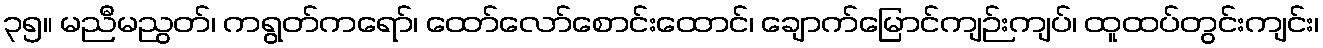
၃၅။ မညီမညွတ်၊ ကရွတ်ကရော်၊ ထော်လော်စောင်းထောင်၊ ချောက်မြောင်ကျဉ်းကျပ်၊ ထူထပ်တွင်းကျင်း၊